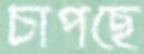
চাপছে